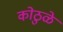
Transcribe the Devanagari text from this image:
कोठुळे